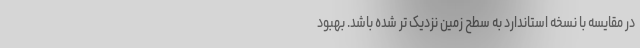
در مقایسه با نسخه استاندارد به سطح زمین نزدیک تر شده باشد. بهبود